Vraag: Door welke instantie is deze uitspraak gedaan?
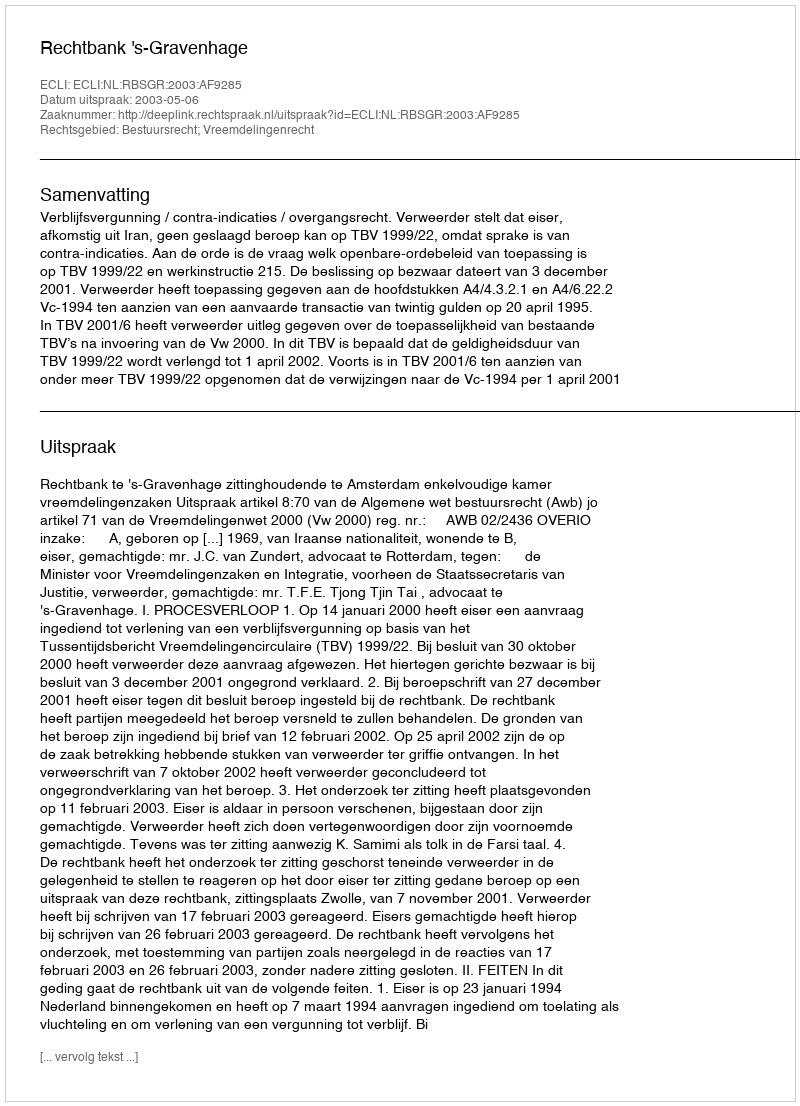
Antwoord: Rechtbank 's-Gravenhage